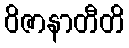
ဝိဇာနာတီတိ